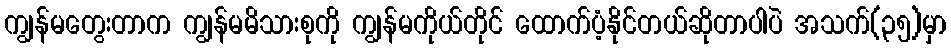
ကျွန်မတွေးတာက ကျွန်မမိသားစုကို ကျွန်မကိုယ်တိုင် ထောက်ပံ့နိုင်တယ်ဆိုတာပါပဲ အသက်(၃၅)မှာ